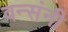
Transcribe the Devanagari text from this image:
वन्संनी